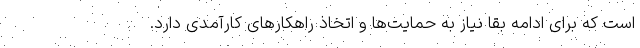
است که برای ادامه بقا نیاز به حمایت‌ها و اتخاذ راهکارهای کارآمدی دارد.